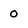
Character: o